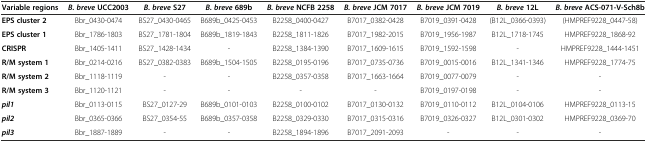
<table><thead><tr><td><b>Variable regions</b></td><td><b><i>B. breve</i>UCC2003</b></td><td><b><i>B. breve</i>S27</b></td><td><b><i>B. breve</i>689b</b></td><td><b><i>B. breve</i>NCFB 2258</b></td><td><b><i>B. breve</i>JCM 7017</b></td><td><b><i>B. breve</i>JCM 7019</b></td><td><b><i>B. breve</i>12L</b></td><td><b><i>B. breve</i>ACS-071-V-Sch8b</b></td></tr></thead><tbody><tr><td><b>EPS cluster 2</b></td><td>Bbr_0430-0474</td><td>BS27_0430-0465</td><td>B689b_0425-0453</td><td>B2258_0400-0427</td><td>B7017_0382-0428</td><td>B7019_0391-0428</td><td>(B12L_0366-0393)</td><td>(HMPREF9228_0447-58)</td></tr><tr><td><b>EPS cluster 1</b></td><td>Bbr_1786-1803</td><td>BS27_1781-1804</td><td>B689b_1819-1843</td><td>B2258_1811-1826</td><td>B7017_1982-2015</td><td>B7019_1956-1987</td><td>B12L_1718-1745</td><td>HMPREF9228_1868-92</td></tr><tr><td><b>CRISPR</b></td><td>Bbr_1405-1411</td><td>BS27_1428-1434</td><td>-</td><td>B2258_1384-1390</td><td>B7017_1609-1615</td><td>B7019_1592-1598</td><td>-</td><td>HMPREF9228_1444-1451</td></tr><tr><td><b>R/M system 1</b></td><td>Bbr_0214-0216</td><td>BS27_0382-0383</td><td>B689b_1504-1505</td><td>B2258_0195-0196</td><td>B7017_0735-0736</td><td>B7019_0015-0016</td><td>B12L_1341-1346</td><td>HMPREF9228_1774-75</td></tr><tr><td><b>R/M system 2</b></td><td>Bbr_1118-1119</td><td>-</td><td>-</td><td>B2258_0357-0358</td><td>B7017_1663-1664</td><td>B7019_0077-0079</td><td>-</td><td>-</td></tr><tr><td><b>R/M system 3</b></td><td>Bbr_1120-1121</td><td>-</td><td>-</td><td>-</td><td>-</td><td>B7019_0197-0198</td><td>-</td><td>-</td></tr><tr><td><b><i>pil1</i></b></td><td>Bbr_0113-0115</td><td>BS27_0127-29</td><td>B689b_0101-0103</td><td>B2258_0100-0102</td><td>B7017_0130-0132</td><td>B7019_0110-0112</td><td>B12L_0104-0106</td><td>HMPREF9228_0113-15</td></tr><tr><td><b><i>pil2</i></b></td><td>Bbr_0365-0366</td><td>BS27_0354-55</td><td>B689b_0357-0358</td><td>B2258_0329-0330</td><td>B7017_0315-0316</td><td>B7019_0326-0327</td><td>B12L_0301-0302</td><td>HMPREF9228_0369-70</td></tr><tr><td><b><i>pil3</i></b></td><td>Bbr_1887-1889</td><td>-</td><td>-</td><td>B2258_1894-1896</td><td>B7017_2091-2093</td><td>-</td><td>-</td><td>-</td></tr></tbody></table>